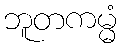
ဘူတကမ္မံ